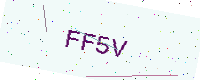
Text: FF5V